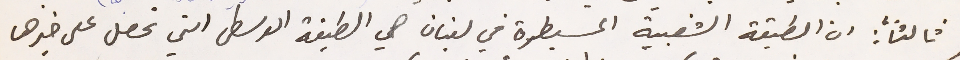
ثالثاً: ان الطبقة الشعبية المسيطرة في لبنان هي الطبقة الوسطى التي تحصل على خيرها